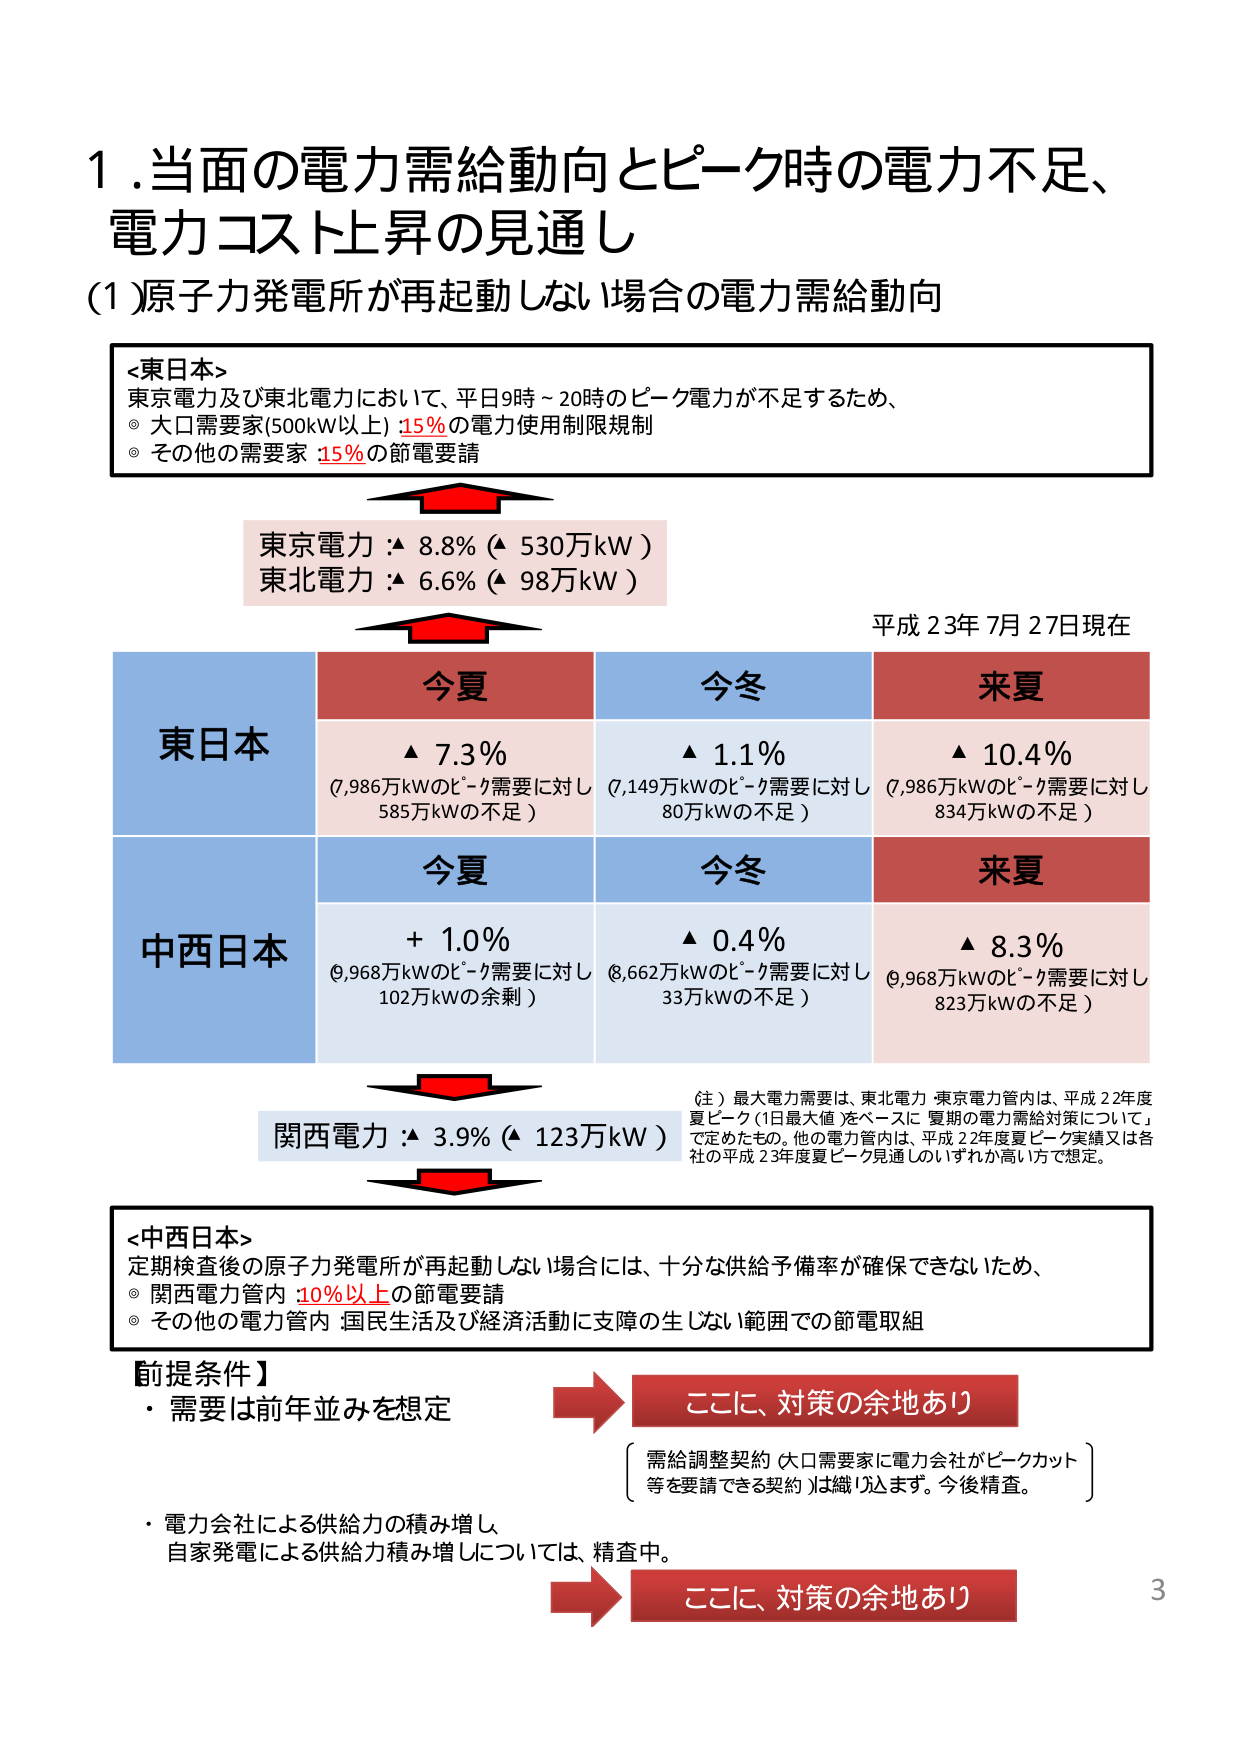
1. 当面の電力需給動向とピーク時の電力不足、
電力コスト上昇の見通し
(1) 原子力発電所が再起動しない場合の電力需給動向

<東日本>
東京電力及び東北電力において、平日9時～20時のピーク電力が不足するため、
◎ 大口需要家(500kW以上) 15%の電力使用制限規制
◎ その他の需要家 15%の節電要請

東京電力：▲ 8.8% (▲ 530万kW)
東北電力：▲ 6.6% (▲ 98万kW)

平成23年7月27日現在

東日本
今夏 ▲ 7.3%
(7,986万kWのピーク需要に対し
585万kWの不足)
今冬 ▲ 1.1%
(7,149万kWのピーク需要に対し
80万kWの不足)
来夏 ▲ 10.4%
(7,986万kWのピーク需要に対し
834万kWの不足)

中西日本
今夏 + 1.0%
(9,968万kWのピーク需要に対し
102万kWの余剰)
今冬 ▲ 0.4%
(8,662万kWのピーク需要に対し
33万kWの不足)
来夏 ▲ 8.3%
(9,968万kWのピーク需要に対し
823万kWの不足)

関西電力：▲ 3.9% (▲ 123万kW)

(注) 最大電力需要は、東北電力・東京電力管内は、平成22年度
夏ピーク(1日最大値)をベースに「夏期の電力需給対策について」
で定めたもの。他の電力管内は、平成22年度夏ピーク実績又は各
社の平成23年度夏ピーク見通しのいずれか高い方で想定。

<中西日本>
定期検査後の原子力発電所が再起動しない場合には、十分な供給予備率が確保できないため、
◎ 関西電力管内 10%以上の節電要請
◎ その他の電力管内：国民生活及び経済活動に支障の生じない範囲での節電取組

【前提条件】
・需要は前年並みを想定
→ ここに、対策の余地あり
（需給調整契約（大口需要家に電力会社がピークカット
等を要請できる契約）は織り込みます。今後精査。）

・電力会社による供給力の積み増し、
自家発電による供給力積み増しについては、精査中。
→ ここに、対策の余地あり

3